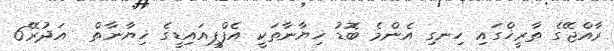
ރާއްޖޭގެ ތާރީޚްގައި ހިނގި އެންމެ ބޮޑު ޚިޔާނާތަކީ އެފްޕީއައިޑީގެ ޚިޔާނާތް  އަދުރޭ6